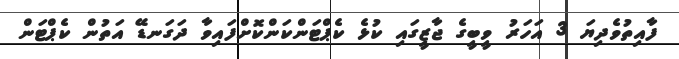
ފާއިތުވެދިޔަ 3 އަހަރު ވީބީގެ ޖާޒީގައި ކުޅެ ކެޕްޓަންކަންކޮށްފައިވާ ދަގަނޑޭ އަތުން ކެޕްޓަން